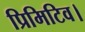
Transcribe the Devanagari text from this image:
प्रिमिटिव।